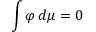
\int \varphi \, d \mu = 0